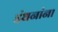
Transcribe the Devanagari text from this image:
इंधनांना